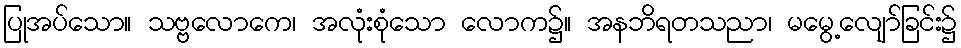
ပြုအပ်သော။ သဗ္ဗလောကေ၊ အလုံးစုံသော လောက၌။ အနဘိရတသညာ၊ မမွေ့လျော်ခြင်း၌